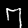
Label: 7